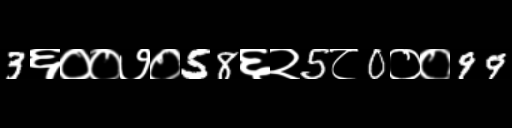
Text: 3६००७०58६२5८0००99